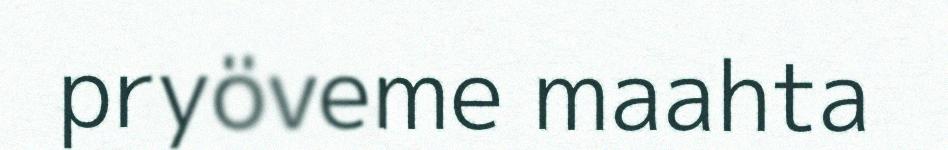
pryöveme maahta